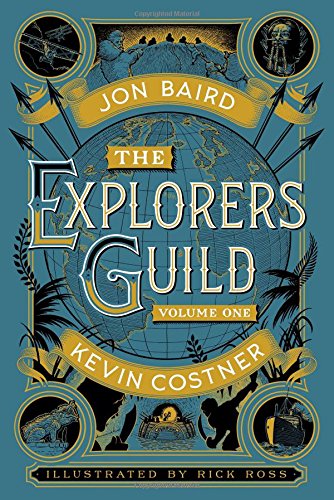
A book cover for The Explorers Guild: Volume One: A Passage to Shambhala; Kevin Costner; Science Fiction & Fantasy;